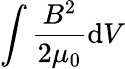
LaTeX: \int\frac{B^{2}}{2\mu_{0}}\mathrm{d}V